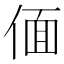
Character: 偭